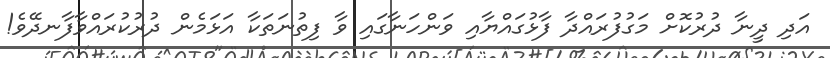
އަދި ދީނާ ދުރުކޮށް މަގުފުރައްދާ ފާޅުގައްޔާއި ވަންހަނާގައި ވާ ފިތުނަތަކާ އަޅަމެން ދުރުކުރައްވާފާނދޭވެ!